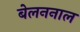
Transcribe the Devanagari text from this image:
बेलननाल